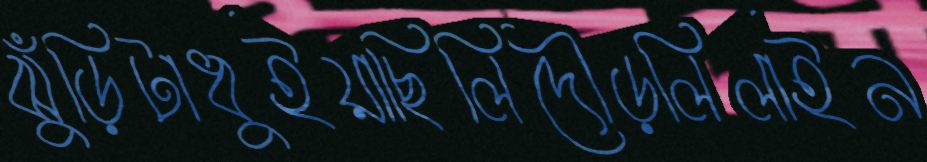
ঝুঁড়িটাধুইয়াছিলিদৌড়লিলাইন